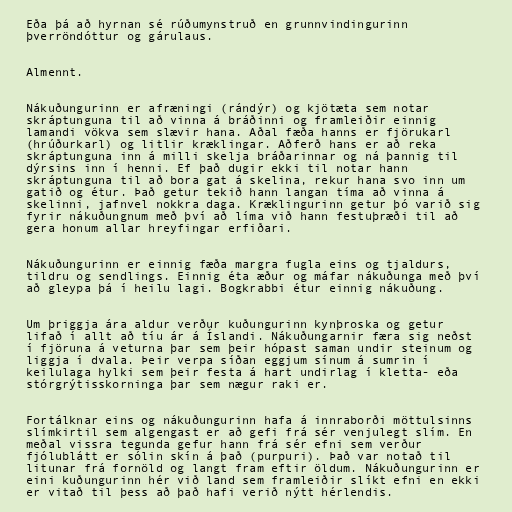
Eða þá að hyrnan sé rúðumynstruð en grunnvindingurinn
þverröndóttur og gárulaus.

Almennt.

Nákuðungurinn er afræningi (rándýr) og kjötæta sem notar
skráptunguna til að vinna á bráðinni og framleiðir einnig
lamandi vökva sem slævir hana. Aðal fæða hanns er fjörukarl
(hrúðurkarl) og litlir kræklingar. Aðferð hans er að reka
skráptunguna inn á milli skelja bráðarinnar og ná þannig til
dýrsins inn í henni. Ef það dugir ekki til notar hann
skráptunguna til að bora gat á skelina, rekur hana svo inn um
gatið og étur. Það getur tekið hann langan tíma að vinna á
skelinni, jafnvel nokkra daga. Kræklingurinn getur þó varið sig
fyrir nákuðungnum með því að líma við hann festuþræði til að
gera honum allar hreyfingar erfiðari.

Nákuðungurinn er einnig fæða margra fugla eins og tjaldurs,
tildru og sendlings. Einnig éta æður og máfar nákuðunga með því
að gleypa þá í heilu lagi. Bogkrabbi étur einnig nákuðung.

Um þriggja ára aldur verður kuðungurinn kynþroska og getur
lifað í allt að tíu ár á Íslandi. Nákuðungarnir færa sig neðst
í fjöruna á veturna þar sem þeir hópast saman undir steinum og
liggja í dvala. Þeir verpa síðan eggjum sínum á sumrin í
keilulaga hylki sem þeir festa á hart undirlag í kletta- eða
stórgrýtisskorninga þar sem nægur raki er.

Fortálknar eins og nákuðungurinn hafa á innraborði möttulsinns
slímkirtil sem algengast er að gefi frá sér venjulegt slím. En
meðal vissra tegunda gefur hann frá sér efni sem verður
fjólublátt er sólin skín á það (purpuri). Það var notað til
litunar frá fornöld og langt fram eftir öldum. Nákuðungurinn er
eini kuðungurinn hér við land sem framleiðir slíkt efni en ekki
er vitað til þess að það hafi verið nýtt hérlendis.